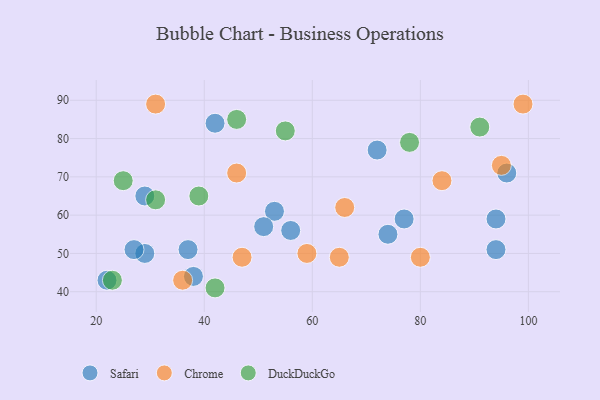
{"axis": {"x": "GDP", "y": "Life Expectancy"}, "legend": ["Chrome", "DuckDuckGo", "Safari"], "data": [{"x": "22", "y": 43, "type": "Safari"}, {"x": "37", "y": 51, "type": "Safari"}, {"x": "53", "y": 61, "type": "Safari"}, {"x": "96", "y": 71, "type": "Safari"}, {"x": "77", "y": 59, "type": "Safari"}, {"x": "94", "y": 59, "type": "Safari"}, {"x": "74", "y": 55, "type": "Safari"}, {"x": "29", "y": 50, "type": "Safari"}, {"x": "29", "y": 65, "type": "Safari"}, {"x": "42", "y": 84, "type": "Safari"}, {"x": "72", "y": 77, "type": "Safari"}, {"x": "38", "y": 44, "type": "Safari"}, {"x": "51", "y": 57, "type": "Safari"}, {"x": "27", "y": 51, "type": "Safari"}, {"x": "56", "y": 56, "type": "Safari"}, {"x": "94", "y": 51, "type": "Safari"}, {"x": "80", "y": 49, "type": "Chrome"}, {"x": "99", "y": 89, "type": "Chrome"}, {"x": "47", "y": 49, "type": "Chrome"}, {"x": "66", "y": 62, "type": "Chrome"}, {"x": "59", "y": 50, "type": "Chrome"}, {"x": "95", "y": 73, "type": "Chrome"}, {"x": "65", "y": 49, "type": "Chrome"}, {"x": "36", "y": 43, "type": "Chrome"}, {"x": "46", "y": 71, "type": "Chrome"}, {"x": "84", "y": 69, "type": "Chrome"}, {"x": "31", "y": 89, "type": "Chrome"}, {"x": "39", "y": 65, "type": "DuckDuckGo"}, {"x": "46", "y": 85, "type": "DuckDuckGo"}, {"x": "42", "y": 41, "type": "DuckDuckGo"}, {"x": "55", "y": 82, "type": "DuckDuckGo"}, {"x": "23", "y": 43, "type": "DuckDuckGo"}, {"x": "91", "y": 83, "type": "DuckDuckGo"}, {"x": "31", "y": 64, "type": "DuckDuckGo"}, {"x": "25", "y": 69, "type": "DuckDuckGo"}, {"x": "78", "y": 79, "type": "DuckDuckGo"}]}